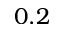
0 . 2